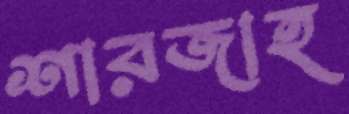
শারজাহ